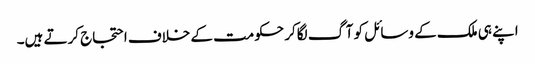
اپنے ہی ملک کے وسائل کو آگ لگاکر حکومت کے خلاف احتجاج کرتے ہیں۔